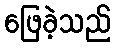
ဖြေခဲ့သည်